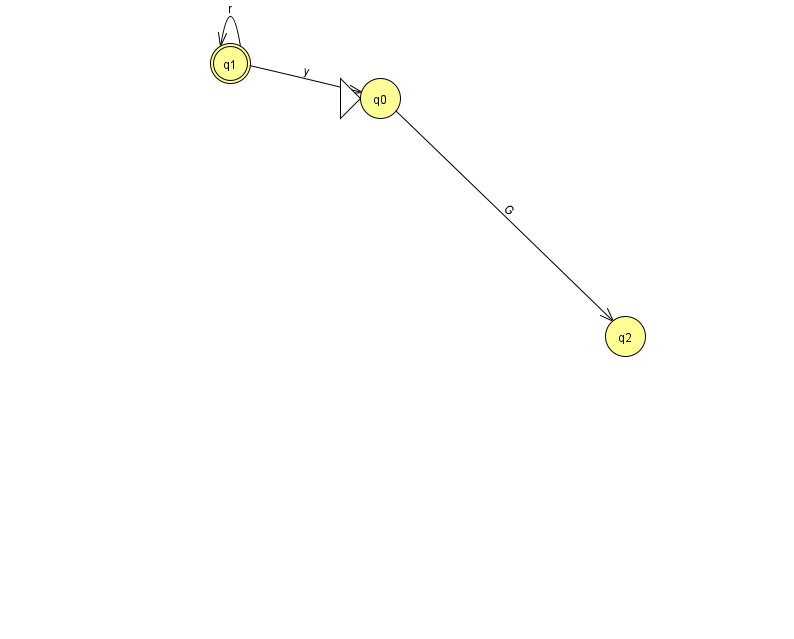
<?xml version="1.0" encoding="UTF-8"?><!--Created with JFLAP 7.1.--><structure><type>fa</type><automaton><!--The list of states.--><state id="0" name="q0"><x>380.0</x><y>85.0</y><initial/></state><state id="1" name="q1"><x>230.0</x><y>50.0</y><final/></state><state id="2" name="q2"><x>625.0</x><y>323.0</y></state><!--The list of transitions.--><transition><from>0</from><to>2</to><read>G</read></transition><transition><from>1</from><to>1</to><read>r</read></transition><transition><from>1</from><to>0</to><read>y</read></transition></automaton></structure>